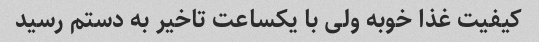
کیفیت غذا خوبه ولی با یکساعت تاخیر به دستم رسید